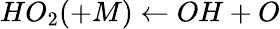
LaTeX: HO_{2}(+M)\leftarrow OH+O